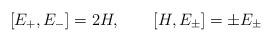
LaTeX: \begin{align*}[E_+, E_-] = 2H, \quad\quad [H, E_\pm] = \pm E_\pm\end{align*}